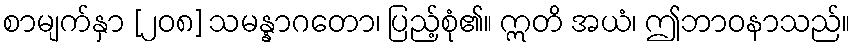
စာမျက်နှာ [၂၀၈] သမန္နာဂတော၊ ပြည့်စုံ၏။ ဣတိ အယံ၊ ဤဘာဝနာသည်။